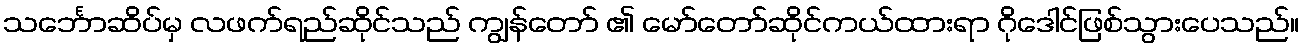
သင်္ဘောဆိပ်မှ လဖက်ရည်ဆိုင်သည် ကျွန်တော် ၏ မော်တော်ဆိုင်ကယ်ထားရာ ဂိုဒေါင်ဖြစ်သွားပေသည်။